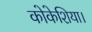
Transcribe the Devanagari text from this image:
कोकेशिया।